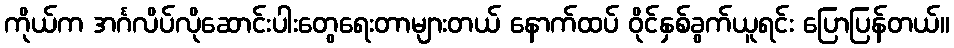
ကိုယ်က အင်္ဂလိပ်လိုဆောင်းပါးတွေရေးတာများတယ် နောက်ထပ် ဝိုင်နှစ်ခွက်ယူရင်း ပြောပြန်တယ်။